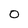
Character: 0